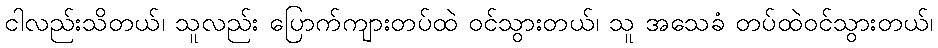
ငါလည်းသိတယ်၊ သူလည်း ပြောက်ကျားတပ်ထဲ ဝင်သွားတယ်၊ သူ အသေခံ တပ်ထဲဝင်သွားတယ်၊